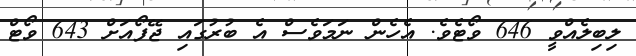
ލިބިލެއްވީ 646 ވޯޓެވެ. އެހެން ނަމަވެސް އެ ބުރުގައި ޖޭފޯއަށް 643 ވޯޓް